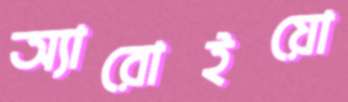
অ্যারোইয়ো